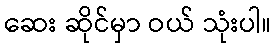
ဆေး ဆိုင်မှာ ဝယ် သုံးပါ။